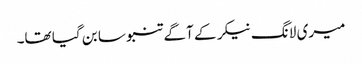
میری لانگ نیکر کے آگے تنبو سا بن گیا تھا۔